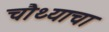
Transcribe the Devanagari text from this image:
चौथ्याचा